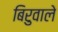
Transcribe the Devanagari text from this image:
बिरुवाले